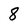
Character: 8